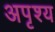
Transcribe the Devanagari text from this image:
अपृश्‍य